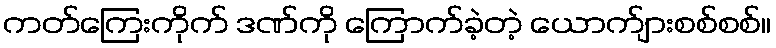
ကတ်ကြေးကိုက် ဒဏ်ကို ကြောက်ခဲ့တဲ့ ယောက်ျားစစ်စစ်။